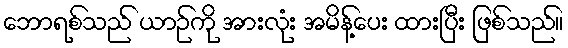
ဘောရစ်သည် ယာဉ်ကို အားလုံး အမိန့်ပေး ထားပြီး ဖြစ်သည်။